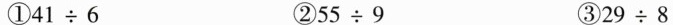
①$$4 1 \div 6$$ ②$$5 5 \div 9$$ ③$$2 9 \div 8$$